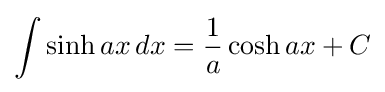
\int \sinh ax\,dx={\frac {1}{a}}\cosh ax+C